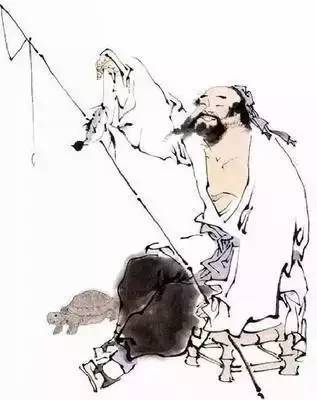
民力尽于无用，财宝虚以待客。